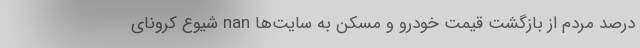
درصد مردم از بازگشت قیمت خودرو و مسکن به سایت‌ها nan شیوع کرونای